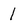
Character: 1